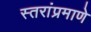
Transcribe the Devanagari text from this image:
स्तरांप्रमाणे